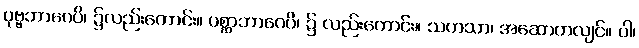
ပုဗ္ဗဘာဂေပိ၊ ၌လည်းကောင်း။ ပစ္ဆာဘာဂေပိ၊ ၌ လည်းကောင်း။ သဟသာ၊ အဆောတလျင်။ ဝါ၊